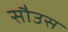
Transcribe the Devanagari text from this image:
सौउस